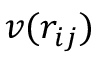
v ( r _ { i j } )